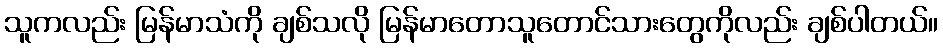
သူကလည်း မြန်မာသံကို ချစ်သလို မြန်မာတောသူတောင်သားတွေကိုလည်း ချစ်ပါတယ်။